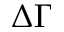
\Delta \Gamma